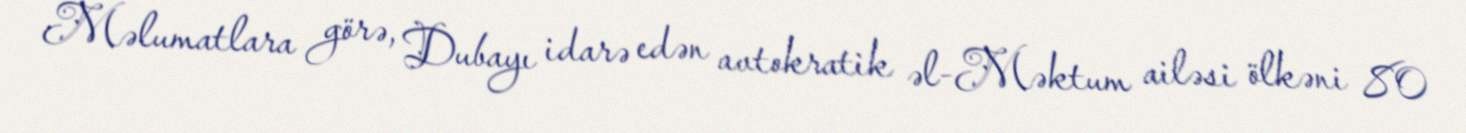
Məlumatlara görə, Dubayı idarə edən avtokratik əl-Məktum ailəsi ölkəni 80